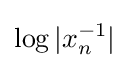
\log |x_{n}^{-1}|